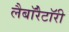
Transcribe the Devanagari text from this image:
लैबाॅरैटाॅरी